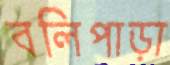
বলিপাড়া